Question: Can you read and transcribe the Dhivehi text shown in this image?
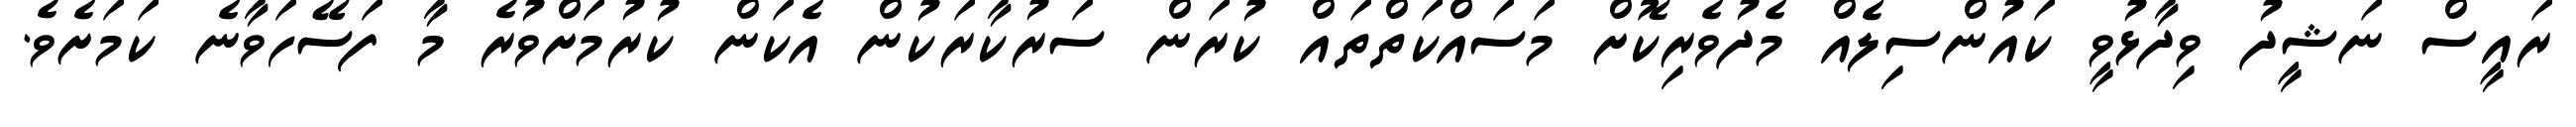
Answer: ރައީސް ނަޝީދު ވިދާޅުވީ ކައުންސިލެއް މެދުވެރިކޮށް މަސައްކަތްތައް ކުރަން ސަރުކާރަކުން އެކަން ކުރުމަށްވުރެ މާ ފަސޭހަވާނެ ކަމަށެވެ.